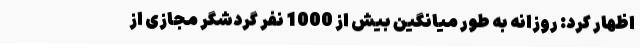
اظهار کرد: روزانه به ‌طور میانگین بیش از 1000 نفر گردشگر مجازی از